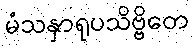
မံသနှာရုပသိဗ္ဗိတေ